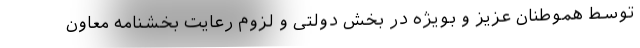
توسط هموطنان عزیز و بویژه در بخش دولتی و لزوم رعایت بخشنامه معاون